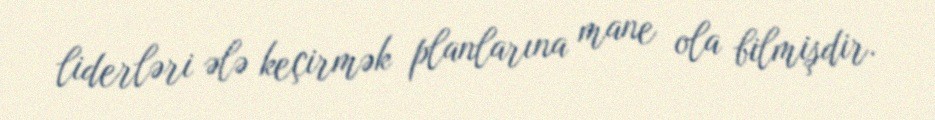
liderləri ələ keçirmək planlarına mane ola bilmişdir.